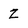
Character: z